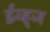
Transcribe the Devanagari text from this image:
ईव्ह्‌ज